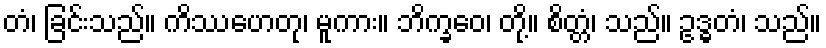
တံ၊ ခြင်းသည်။ ကိဿဟေတု၊ မူကား။ ဘိက္ခဝေ၊ တို့။ စိတ္တံ၊ သည်။ ဥဒ္ဓတံ၊ သည်။